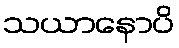
သယာနောပိ